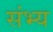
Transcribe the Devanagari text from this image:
संभ्य